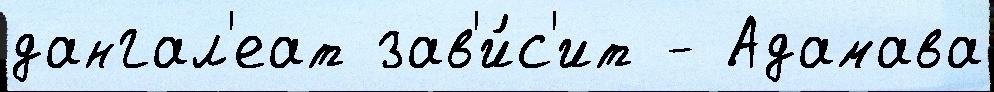
дангал'еат зав'и́с'ит - Адамава